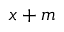
x + { \mathfrak { m } }